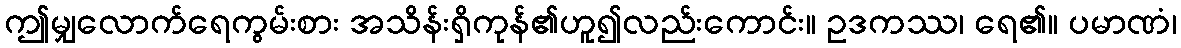
ဤမျှလောက်ရေကွမ်းစား အသိန်းရှိကုန်၏ဟူ၍လည်းကောင်း။ ဥဒကဿ၊ ရေ၏။ ပမာဏံ၊